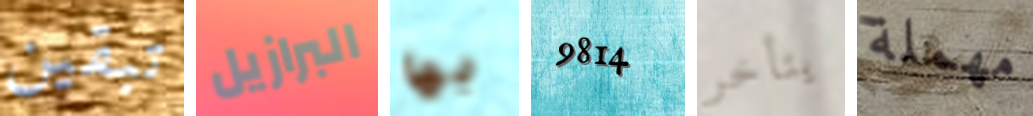
تبقين البرازيل بها 9814 يتأخر مهملة